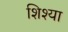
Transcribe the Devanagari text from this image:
शिश्या